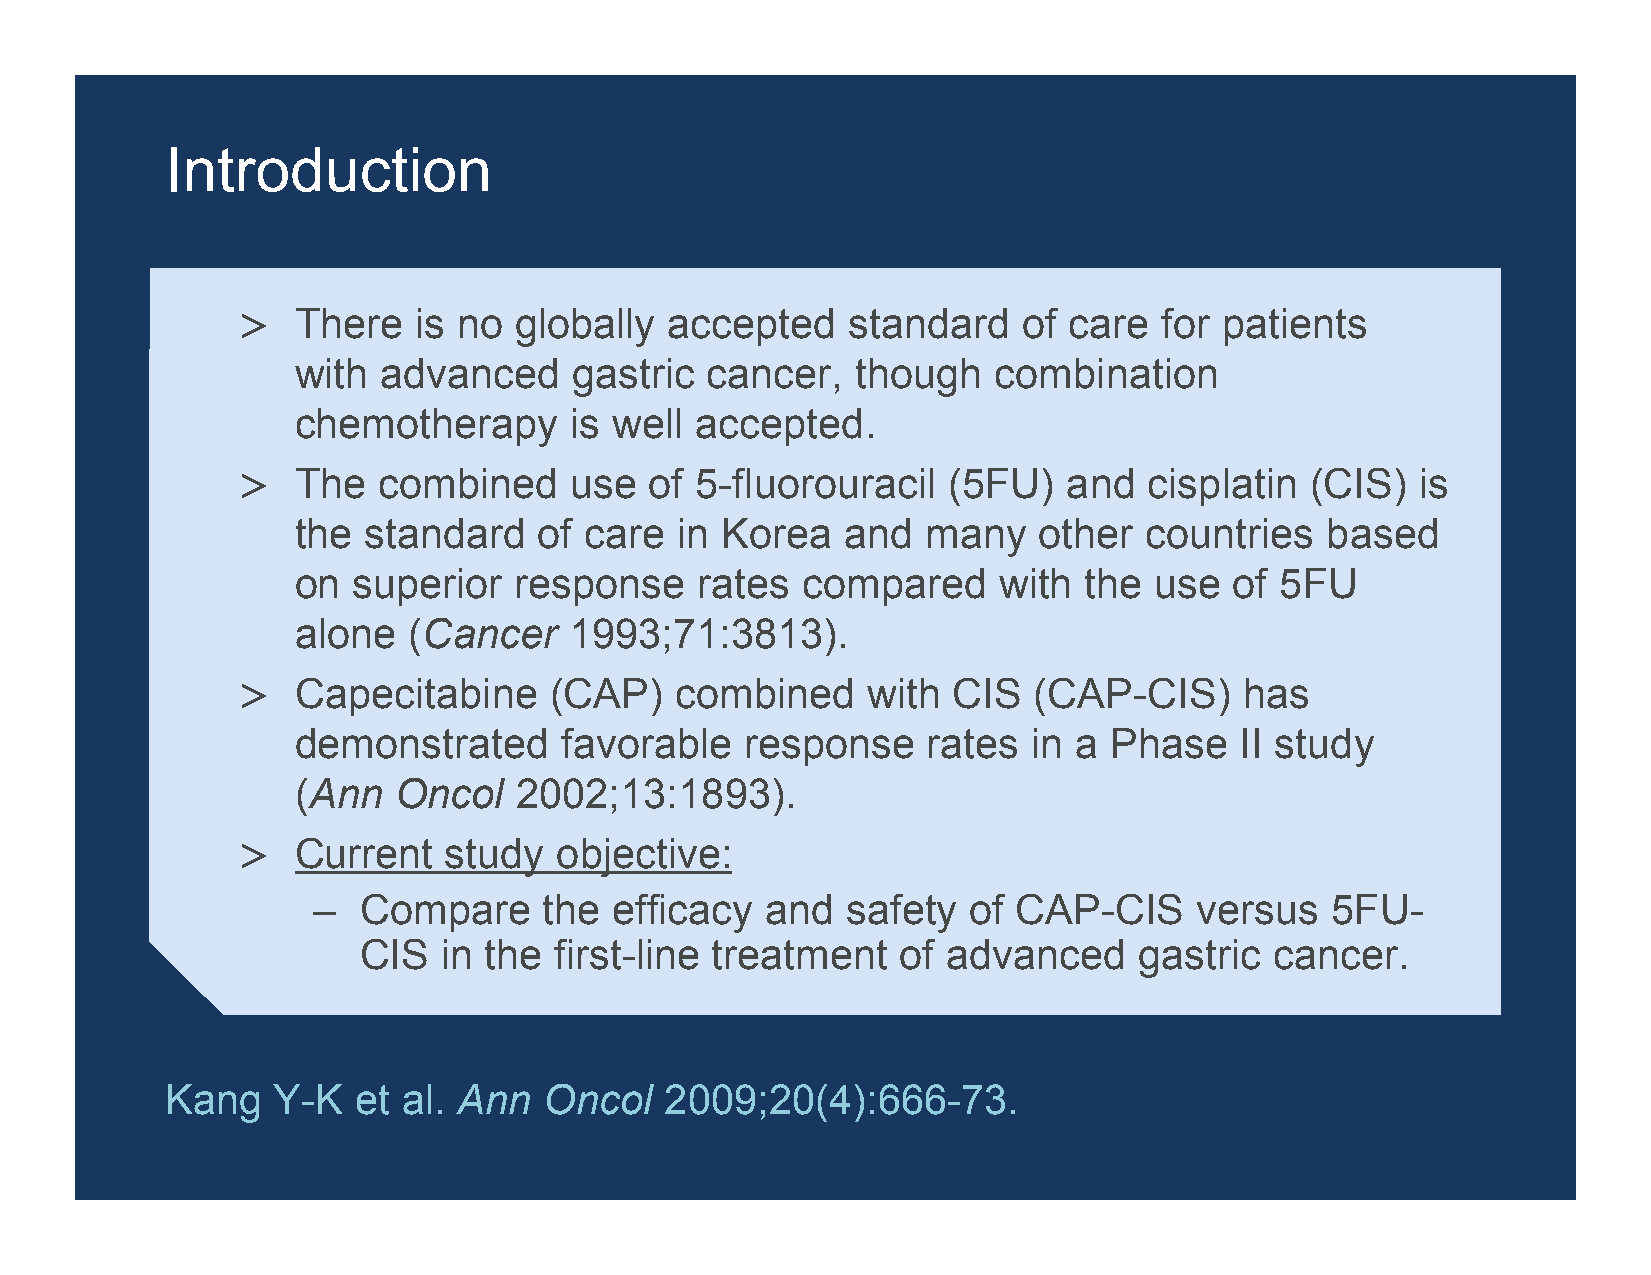
Introduction
 >  There   is no  globally  accepted    standard    of care  for patients
 with  advanced     gastric  cancer,   though   combination
 chemotherapy       is well accepted.
 >  The   combined     use  of 5-fluorouracil   (5FU)   and  cisplatin  (CIS)  is
 the  standard    of care  in Korea   and  many    other  countries   based
 on  superior   response    rates  compared     with  the use   of 5FU
 alone   (Cancer    1993;71:3813).
 >  Capecitabine     (CAP)    combined    with  CIS  (CAP-CIS)     has
 demonstrated      favorable   response    rates  in a Phase    II study
 (Ann   Oncol   2002;13:1893).
 >  Current   study   objective:
 –  Compare     the  efficacy  and  safety  of CAP-CIS     versus   5FU-
 CIS  in the  first-line treatment   of advanced    gastric  cancer.
 Kang   Y-K   et al. Ann  Oncol   2009;20(4):666-73.